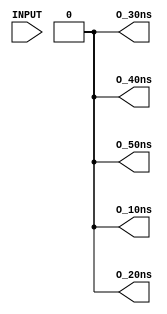
/*
 * $Id$
 */

module part_TD50 ( INPUT, O_10ns, O_20ns, O_30ns, O_40ns, O_50ns );
  input INPUT;
  output O_10ns, O_20ns, O_30ns, O_40ns, O_50ns;
  reg O_10ns, O_20ns, O_30ns, O_40ns, O_50ns;

initial
  begin
   O_10ns <= 0;
   O_20ns <= 0;
   O_30ns <= 0;
   O_40ns <= 0;
   O_50ns <= 0;
  end

always @(posedge INPUT)
  begin
   O_10ns <= #(10) 1;
   O_20ns <= #(20) 1;
   O_30ns <= #(30) 1;
   O_40ns <= #(40) 1;
   O_50ns <= #(50) 1;
  end

always @(negedge INPUT)
  begin
   O_10ns <= #(10) 0;
   O_20ns <= #(20) 0;
   O_30ns <= #(30) 0;
   O_40ns <= #(40) 0;
   O_50ns <= #(50) 0;
  end

endmodule